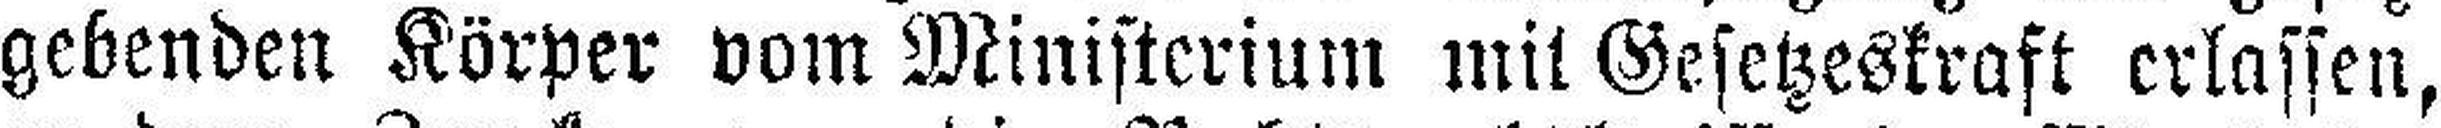
gebenden Körper vom Ministerium mit Gesetzeskraft erlassen,